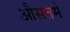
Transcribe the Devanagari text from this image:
औसतमे